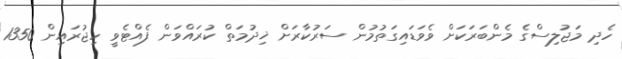
ހެދި މަޖުލިސްގެ މެންބަރަކަށް ވެވަޑައިގަތުމުން ސަރުކާރަށް ޚިދުމަތް ކުރައްވަން ފެއްޓެވީ ހިޖުރައިން 1350